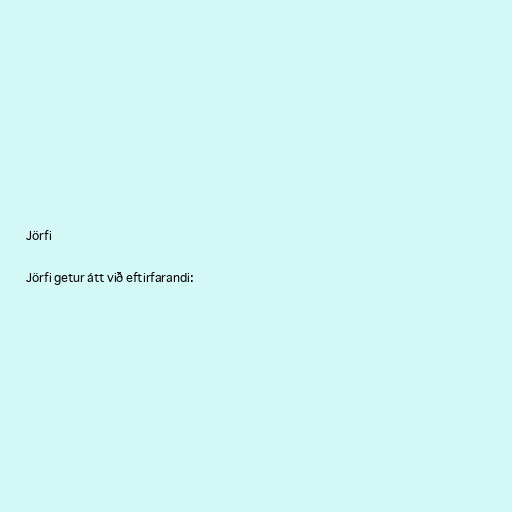
Jörfi

Jörfi getur átt við eftirfarandi: